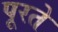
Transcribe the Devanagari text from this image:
पूरते